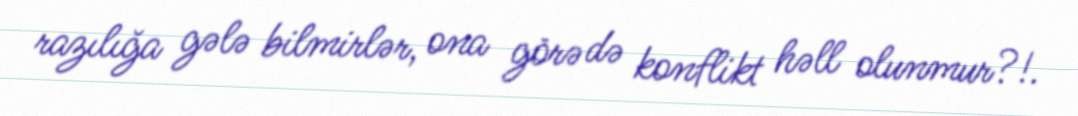
razılığa gələ bilmirlər, ona görə də konflikt həll olunmur?!.